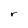
Character: r